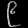
Digit: ၉